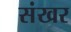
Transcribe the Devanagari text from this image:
संखर